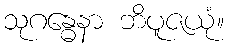
သုဂန္ဓေနာ ဘိပူဇယုံ။